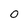
Character: 0